Annual administration report of the Civil Veterinary Department of India - 1894-1895
Year: 1894
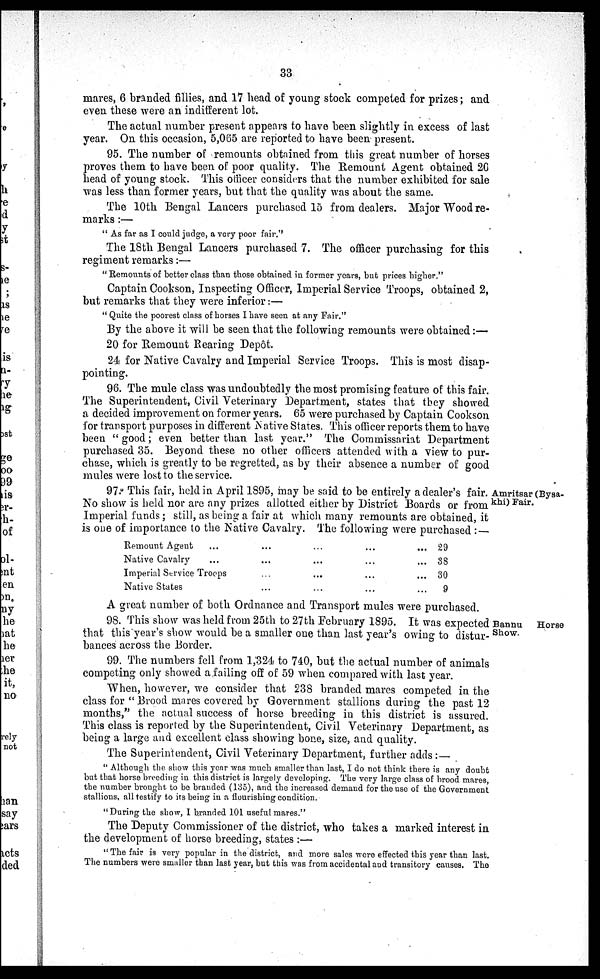
33
mares, 6 branded fillies, and 17 head of young stock competed for prizes; and
even these were an indifferent lot.
The actual number present appears to have been slightly in excess of last
year. On this occasion, 5,065 are reported to have been present.
95. The number of remounts obtained from this great number of horses
proves them to have been of poor quality. The Remount Agent obtained 20
head of young stock. This officer considers that the number exhibited for sale
was less than former years, but that the quality was about the same.
The 10th Bengal Lancers purchased 15 from dealers. Major Wood re-
marks :—
" As far as I could judge, a very poor fair."
The 18th Bengal Lancers purchased 7. The officer purchasing for this
regiment remarks:—
"Remounts of better class than those obtained in former years, but prices higher."
Captain Cookson, Inspecting Officer, Imperial Service Troops, obtained 2,
but remarks that they were inferior:—
" Quite the poorest class of horses I have seen at any Fair."
By the above it will be seen that the following remounts were obtained:—
20 for Remount Rearing Depôt.
24 for Native Cavalry and Imperial Service Troops. This is most disap-
pointing.
96. The mule class was undoubtedly the most promising feature of this fair.
The Superintendent, Civil Veterinary Department, states that they showed
a decided improvement on former years. 65 were purchased by Captain Cookson
for transport purposes in different Native States. This officer reports them to have
been " good; even better than last year." The Commissariat Department
purchased 35. Beyond these no other officers attended with a view to pur-
chase, which is greatly to be regretted, as by their absence a number of good
mules were lost to the service.
Amritsar (Bysa-
khi) Fair.
97. This fair, held in April 1895, may be said to be entirely a dealer's fair.
No show is held nor are any prizes allotted either by District Boards or from
Imperial funds; still, as being a fair at which many remounts are obtained, it
is one of importance to the Native Cavalry. The following were purchased : —
Remount Agent ...
Native Cavalry ...
Imperial Service Troops
Native States
...
...
...
...
...
...
...
...
...
...
...
...
...
...
...
...
29
38
30
9
A great number of both Ordnance and Transport mules were purchased.
Bannu
Horse
Show.
98. This show was held from 25th to 27th February 1895. It was expected
that this year's show would be a smaller one than last year's owing to distur-
bances across the Border.
99. The numbers fell from 1,324 to 740, but the actual number of animals
competing only showed a failing off of 59 when compared with last year.
When, however, we consider that 238 branded mares competed in the
class for " Brood mares covered by Government stallions during the past 12
months," the actual success of horse breeding in this district is assured.
This class is reported by the Superintendent, Civil Veterinary Department, as
being a large and excellent class showing bone, size, and quality.
The Superintendent, Civil Veterinary Department, further adds :—
" Although the show this year was much smaller than last, I do not think there is any doubt
but that horse breeding in this district is largely developing. The very large class of brood mares,
the number brought to be branded (135), and the increased demand for the use of the Government
stallions, all testify to its being in a flourishing condition.
"During the show, I branded 101 useful mares."
The Deputy Commissioner of the district, who takes a marked interest in
the development of horse breeding, states :—
" The fair is very popular in the district, and more sales were effected this year than last.
The numbers were smaller than last year, but this was from accidental and transitory causes. The